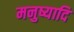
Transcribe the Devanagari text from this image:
मनुष्यादि